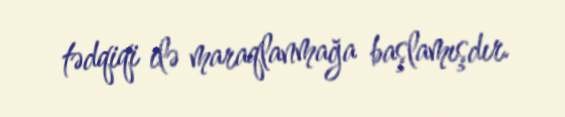
tədqiqi ilə maraqlanmağa başlamışdır.